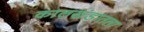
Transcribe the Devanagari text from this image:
कालखंडातला